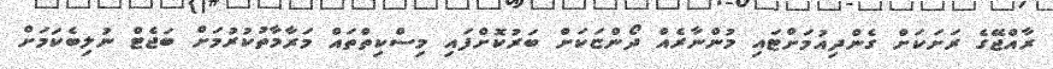
ރާއްޖޭގެ ރަށަކަށް ގެންދިއުމަށްޓައި މުންނާރެއް ދޯންޏަކަށް ބަރުކޮށްފައި މިސްކިތްތައް މަރާމާތުކުރުމަށް ބަޖެޓް ނުލިބެކަމަށް